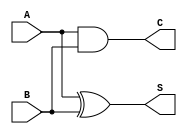
module HalfAdder (
    input wire A,   // First single-bit input
    input wire B,   // Second single-bit input
    output wire S,  // Sum output
    output wire C   // Carry output
);

// Logic for Sum (S) using XOR
assign S = A ^ B;

// Logic for Carry (C) using AND
assign C = A & B;

endmodule